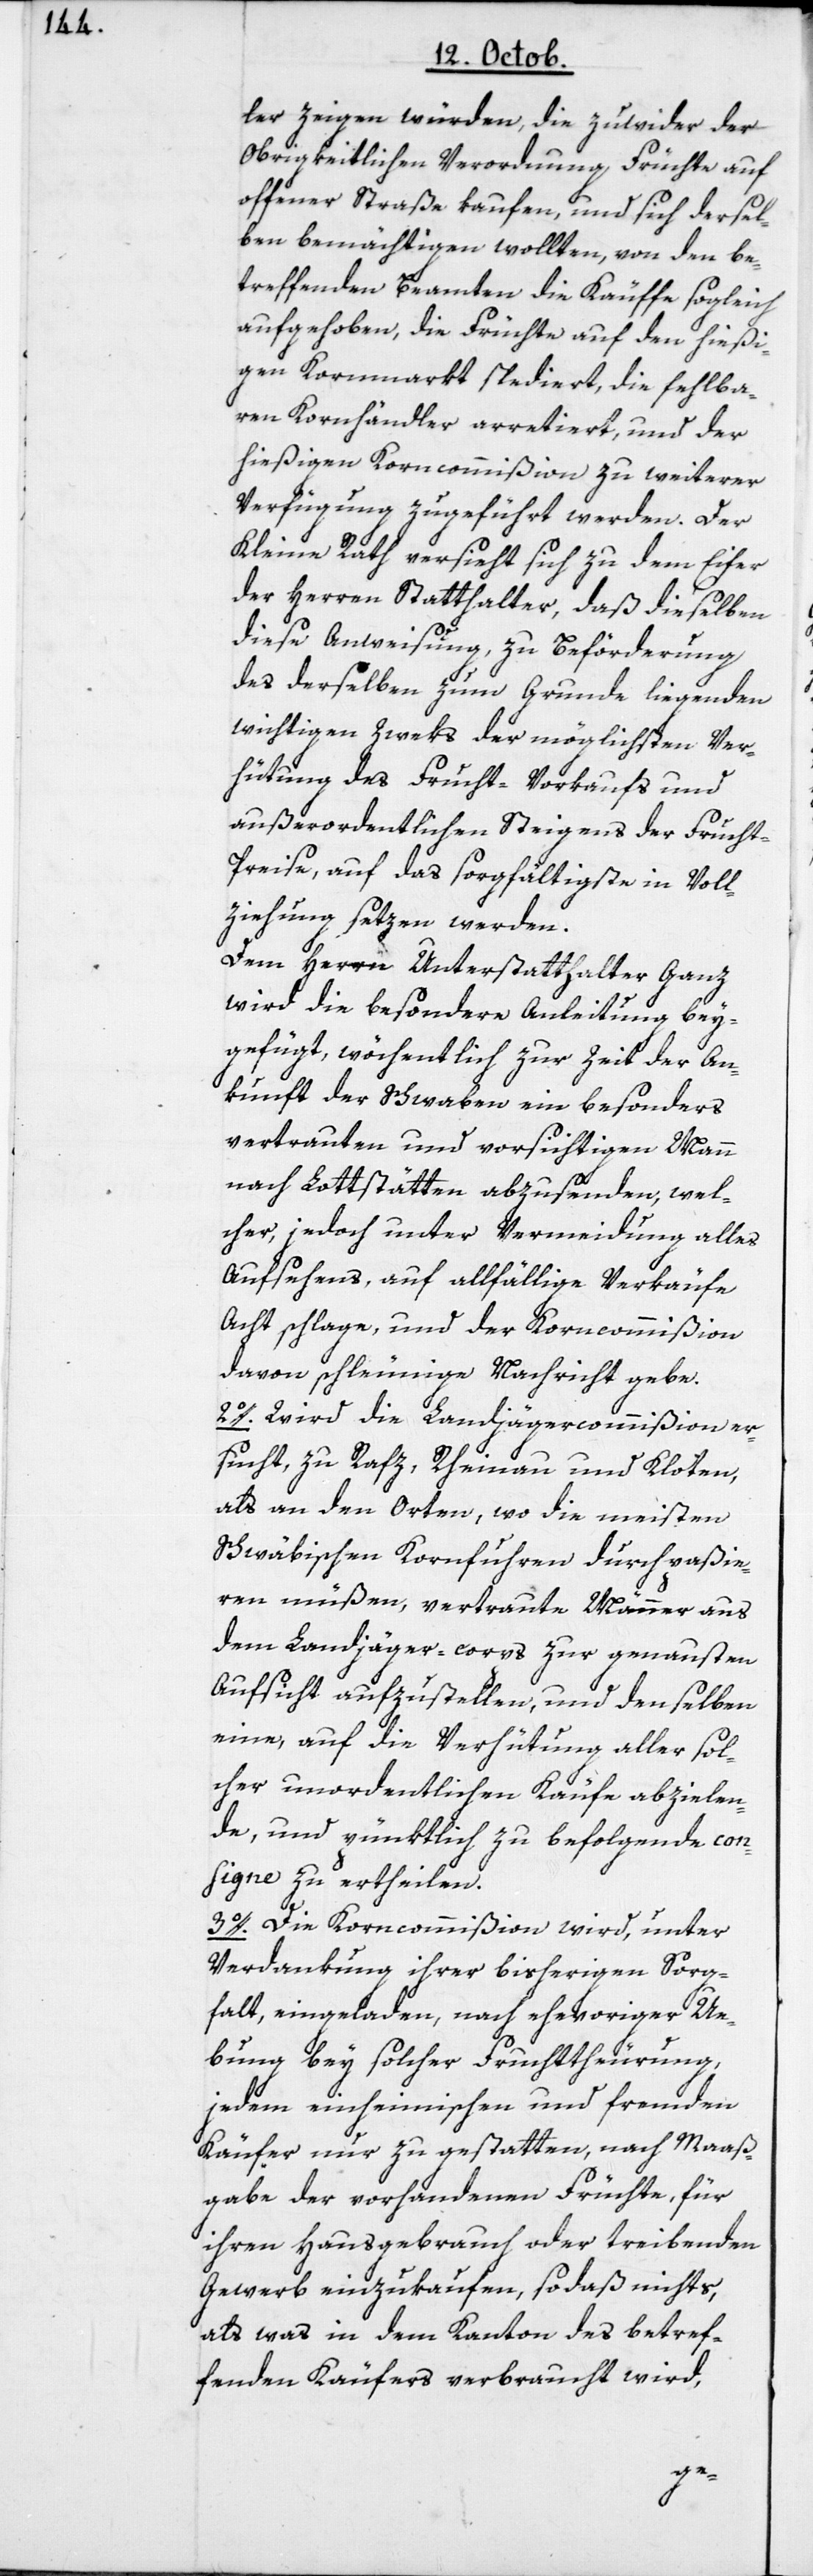
dler zeigen würden, die zuwider der
Obrigkeitlichen Verordnung Früchte auf
offener Straße kaufen, und sich dersel¬
ben bemächtigen wollten, von den be¬
treffenden Beamten die Käuffe sogleich
aufgehoben, die Früchte auf den hießi¬
gen Kornmarkt spediert, die fehlba¬
ren Kornhändler arretiert und der
hießigen Korncommißion zu weiterer
Verfügung zugeführt werden. Der
Kleine Rath versieht sich zu dem Eifer
der Herren Statthalter, daß dieselben
diese Anweisung, zu Beförderung
des derselben zum Grunde liegenden
wichtigen Zweks der möglichsten Ver¬
hütung des Frucht-Verkaufs und
außerordentlichen Steigens der Frucht¬
preise, auf das sorgfältigste in Voll¬
ziehung setzen werden.
Dem Herrn Unterstatthalter Ganz
wird die besondere Anleitung bey¬
kunft der Schwaben ein besonders
vertrauten und vorsichtigen Mann
nach Lottstätten abzusenden, wel¬
cher, jedoch unter Vermeidung alles
Aufsehens, auf allfällige Verkäufe
Acht schlage, und der Korncommißion
davon schleunige Nachricht gebe.
2o. Wird die Landjägercommißion er¬
sucht, zu Rafz, Rheinau und Kloten,
als an den Orten, wo die meisten
Schwäbischen Kornfuhren durchpaßie¬
ren müßen, vertraute Männer aus
dem Landjäger-corps zur genausten
Aufsicht aufzustellen, und denselben
ein auf die Verhütung aller sol¬
cher unordentlichen Käufe abzielen¬
de, und pünktlich zu befolgende con¬
signe zu ertheilen.
3o. Die Korncommißion wird, unter
Verdankung ihrer bisherigen Sorg¬
falt, eingeladen, nach ehevoriger Ü¬
bung bey solcher Fruchttheurung,
jedem einheimischen und fremden
Käufer nur zu gestatten, nach Maaß¬
gabe der vorhandenen Früchte, für
ihren Hausgebrauch oder treibenden
Gewerb einzukaufen, sodaß nichts,
als was in dem Canton des betref¬
fenden Käufers verbraucht wird,
An¬